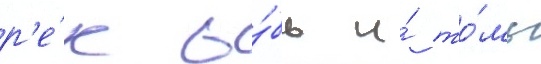
р'е́к о́бь и́ то́мь